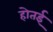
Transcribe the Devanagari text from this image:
होतई